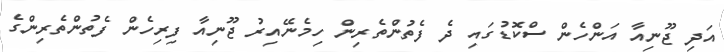
އަދި ޖޫނިއާ އަންހެން ސްކޮޑުގައި ދެ ފެތުންތެރިން ހިމެނޭއިރު ޖޫނިއާ ފިރިހެން ފެތުންތެރިންގެ